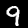
Label: 9